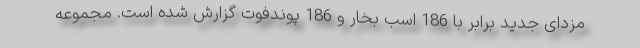
مزدای جدید برابر با 186 اسب بخار و 186 پوندفوت گزارش شده است. مجموعه